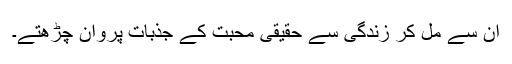
ان سے مل کر زندگی سے حقیقی محبت کے جذبات پروان چڑھتے۔